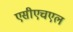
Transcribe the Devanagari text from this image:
एसीएचएल